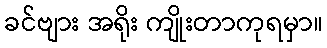
ခင်ဗျား အရိုး ကျိုးတာကုရမှာ။